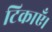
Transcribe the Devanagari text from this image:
टिकाएँ।